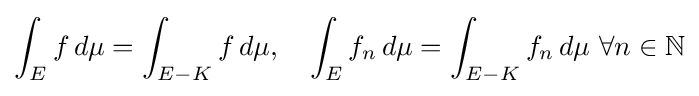
\int _{E}f\,d\mu =\int _{E-K}f\,d\mu ,~~~\int _{E}f_{n}\,d\mu =\int _{E-K}f_{n}\,d\mu ~\forall n\in \mathbb {N}